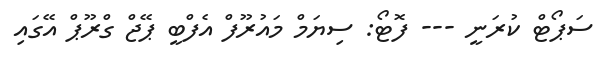
ސަޕޯޓް ކުރަނީ --- ފޮޓޯ: ސިޔަމް މައުރޫފް އެފްބީ ޕޭޖް ގްރޫޕް އޭގައި